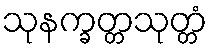
သုနက္ခတ္တသုတ္တံ